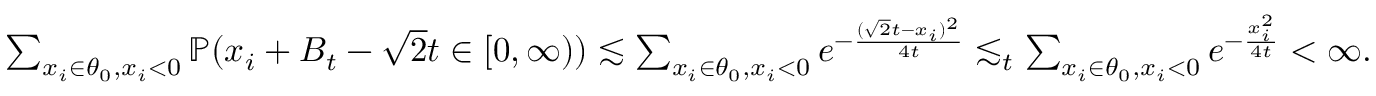
\begin{array} { r } { \sum _ { x _ { i } \in \theta _ { 0 } , x _ { i } < 0 } \mathbb { P } ( x _ { i } + B _ { t } - \sqrt { 2 } t \in [ 0 , \infty ) ) \lesssim \sum _ { x _ { i } \in \theta _ { 0 } , x _ { i } < 0 } e ^ { - \frac { ( \sqrt { 2 } t - x _ { i } ) ^ { 2 } } { 4 t } } \lesssim _ { t } \sum _ { x _ { i } \in \theta _ { 0 } , x _ { i } < 0 } e ^ { - \frac { x _ { i } ^ { 2 } } { 4 t } } < \infty . } \end{array}